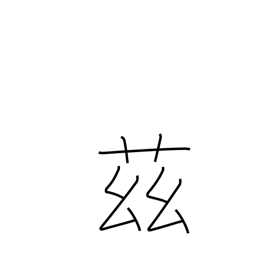
Meaning: here